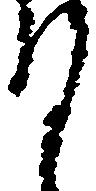
て